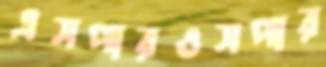
এসপারওসপার